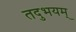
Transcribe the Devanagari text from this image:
तदुभयम्